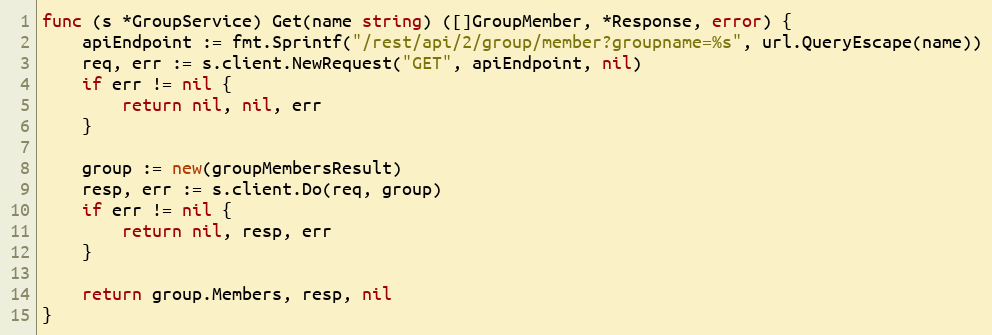
Language: Go
func (s *GroupService) Get(name string) ([]GroupMember, *Response, error) {
	apiEndpoint := fmt.Sprintf("/rest/api/2/group/member?groupname=%s", url.QueryEscape(name))
	req, err := s.client.NewRequest("GET", apiEndpoint, nil)
	if err != nil {
		return nil, nil, err
	}

	group := new(groupMembersResult)
	resp, err := s.client.Do(req, group)
	if err != nil {
		return nil, resp, err
	}

	return group.Members, resp, nil
}